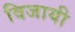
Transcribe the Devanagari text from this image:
विजायी